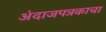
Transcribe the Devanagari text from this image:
अंदाजपत्रकाचा